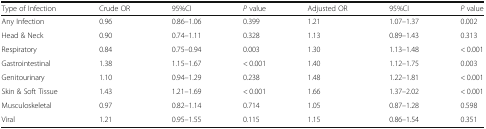
<table><thead><tr><td><b>Type of Infection</b></td><td><b>Crude OR</b></td><td><b>95%CI</b></td><td><b><i>P</i> value</b></td><td><b>Adjusted OR</b></td><td><b>95%CI</b></td><td><b><i>P</i> value</b></td></tr></thead><tbody><tr><td>Any Infection</td><td>0.96</td><td>0.86–1.06</td><td>0.399</td><td>1.21</td><td>1.07–1.37</td><td>0.002</td></tr><tr><td>Head &amp; Neck</td><td>0.90</td><td>0.74–1.11</td><td>0.328</td><td>1.13</td><td>0.89–1.43</td><td>0.313</td></tr><tr><td>Respiratory</td><td>0.84</td><td>0.75–0.94</td><td>0.003</td><td>1.30</td><td>1.13–1.48</td><td>&lt; 0.001</td></tr><tr><td>Gastrointestinal</td><td>1.38</td><td>1.15–1.67</td><td>&lt; 0.001</td><td>1.40</td><td>1.12–1.75</td><td>0.003</td></tr><tr><td>Genitourinary</td><td>1.10</td><td>0.94–1.29</td><td>0.238</td><td>1.48</td><td>1.22–1.81</td><td>&lt; 0.001</td></tr><tr><td>Skin &amp; Soft Tissue</td><td>1.43</td><td>1.21–1.69</td><td>&lt; 0.001</td><td>1.66</td><td>1.37–2.02</td><td>&lt; 0.001</td></tr><tr><td>Musculoskeletal</td><td>0.97</td><td>0.82–1.14</td><td>0.714</td><td>1.05</td><td>0.87–1.28</td><td>0.598</td></tr><tr><td>Viral</td><td>1.21</td><td>0.95–1.55</td><td>0.115</td><td>1.15</td><td>0.86–1.54</td><td>0.351</td></tr></tbody></table>